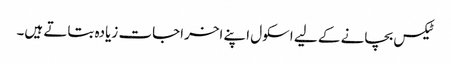
ٹیکس بچانے کے لیے اسکول اپنے اخراجات زیادہ بتاتے ہیں۔